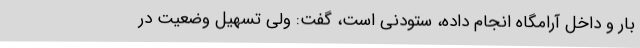
بار و داخل آرامگاه انجام داده، ستودنی است، گفت: ولی تسهیل وضعیت در